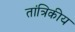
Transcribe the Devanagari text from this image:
तांत्रिकीय